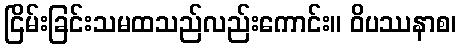
ငြိမ်းခြင်းသမထသည်လည်းကောင်း။ ဝိပဿနာစ၊